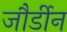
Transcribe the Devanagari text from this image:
जौर्डीन